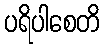
ပရိပါစေတိ